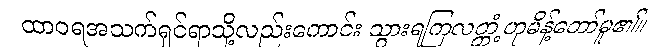
ထာဝရအသက်ရှင်ရာသို့လည်းကောင်း သွားရကြလတ္တံ့ဟုမိန့်တော်မူ၏။